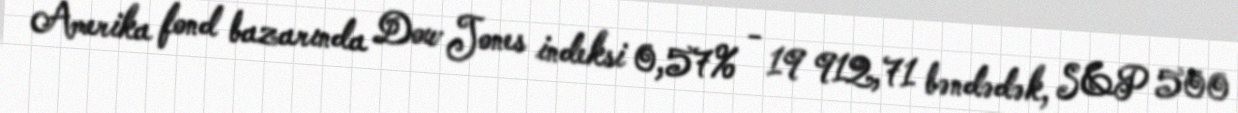
Amerika fond bazarında Dow Jones indeksi 0,57% - 19 912,71 bəndədək, S&P 500